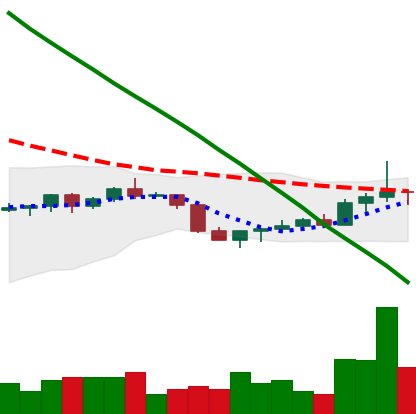
Ticker: DOGE-USD
Chart end date: 2022-07-21
Forward return: -10.646%
Label: down_7plus